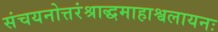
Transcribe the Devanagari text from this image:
संचयनोत्तरंश्राद्धमाहाश्वलायनः